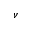
\nu